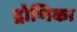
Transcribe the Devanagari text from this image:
द्रोणिका